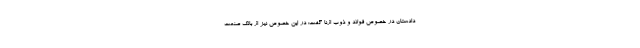
دادستان در خصوص فولاد و ذوب ازنا گفت: در این خصوص نیز از بانک صنعت